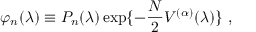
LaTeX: \varphi _ { n } ( \lambda ) \equiv P _ { n } ( \lambda ) \exp \{ - \frac { N } { 2 } V ^ { ( \alpha ) } ( \lambda ) \} \ ,